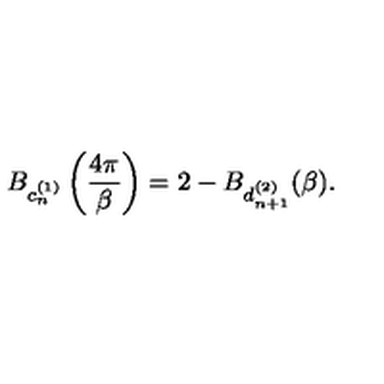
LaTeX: B _ { c _ { n } ^ { ( 1 ) } } \left( \frac { 4 \pi } { \beta } \right) = 2 - B _ { d _ { n + 1 } ^ { ( 2 ) } } ( \beta ) .